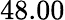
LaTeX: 48.00